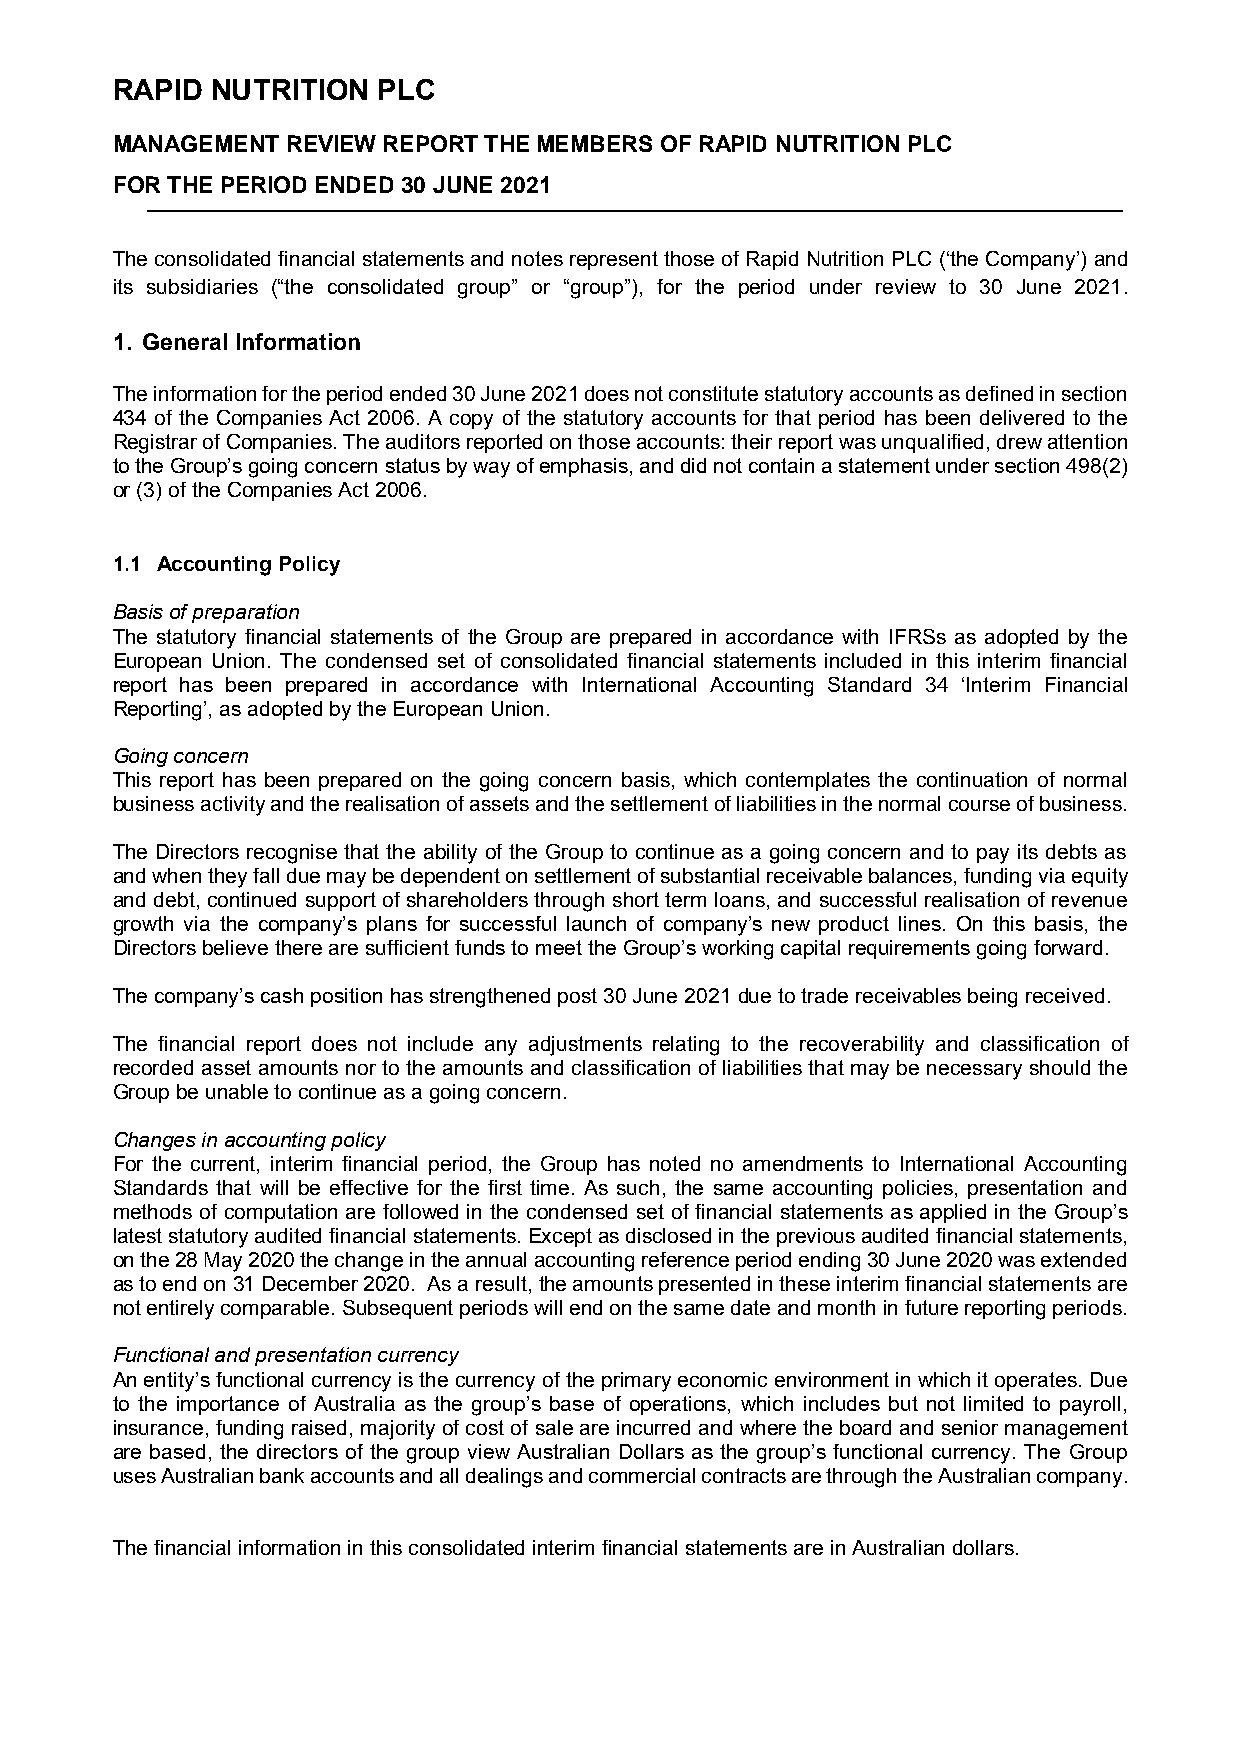
RAPID  NUTRITION  PLC
 MANAGEMENT  REVIEW REPORT THE MEMBERS OF RAPID NUTRITION PLC
 FOR THE PERIOD ENDED 30 JUNE 2021
 The consolidated financial statements and notes represent those of Rapid Nutrition PLC (‘the Company’) and
 its subsidiaries (“the consolidated group” or “group”), for the period under review to 30 June 2021.
 1. General Information
 The information for the period ended 30 June 2021 does not constitute statutory accounts as defined in section
 434 of the Companies Act 2006. A copy of the statutory accounts for that period has been delivered to the
 Registrar of Companies. The auditors reported on those accounts: their report was unqualified, drew attention
 to the Group’s going concern status by way of emphasis, and did not contain a statement under section 498(2)
 or (3) of the Companies Act 2006.
 1.1 Accounting Policy
 Basis of preparation
 The statutory financial statements of the Group are prepared in accordance with IFRSs as adopted by the
 European Union. The condensed set of consolidated financial statements included in this interim financial
 report has been prepared in accordance with International Accounting Standard 34 ‘Interim Financial
 Reporting’, as adopted by the European Union.
 Going concern
 This report has been prepared on the going concern basis, which contemplates the continuation of normal
 business activity and the realisation of assets and the settlement of liabilities in the normal course of business.
 The Directors recognise that the ability of the Group to continue as a going concern and to pay its debts as
 and when they fall due may be dependent on settlement of substantial receivable balances, funding via equity
 and debt, continued support of shareholders through short term loans, and successful realisation of revenue
 growth via the company’s plans for successful launch of company’s new product lines. On this basis, the
 Directors believe there are sufficient funds to meet the Group’s working capital requirements going forward.
 The company’s cash position has strengthened post 30 June 2021 due to trade receivables being received.
 The financial report does not include any adjustments relating to the recoverability and classification of
 recorded asset amounts nor to the amounts and classification of liabilities that may be necessary should the
 Group be unable to continue as a going concern.
 Changes in accounting policy
 For the current, interim financial period, the Group has noted no amendments to International Accounting
 Standards that will be effective for the first time. As such, the same accounting policies, presentation and
 methods of computation are followed in the condensed set of financial statements as applied in the Group’s
 latest statutory audited financial statements. Except as disclosed in the previous audited financial statements,
 on the 28 May 2020 the change in the annual accounting reference period ending 30 June 2020 was extended
 as to end on 31 December 2020. As a result, the amounts presented in these interim financial statements are
 not entirely comparable. Subsequent periods will end on the same date and month in future reporting periods.
 Functional and presentation currency
 An entity’s functional currency is the currency of the primary economic environment in which it operates. Due
 to the importance of Australia as the group’s base of operations, which includes but not limited to payroll,
 insurance, funding raised, majority of cost of sale are incurred and where the board and senior management
 are based, the directors of the group view Australian Dollars as the group’s functional currency. The Group
 uses Australian bank accounts and all dealings and commercial contracts are through the Australian company.
 The financial information in this consolidated interim financial statements are in Australian dollars.